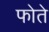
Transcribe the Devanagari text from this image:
फोते